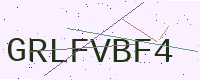
Text: GRLFVBF4